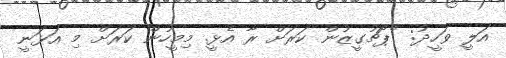
އަލީ ވަހީދު: "ޕޯޗުގީޒުން ކަރަށް ރާ އެޅީ. މިމީހުން ކަރަށް މި އަޅަނީ